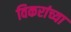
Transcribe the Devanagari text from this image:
विकरांच्या